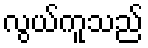
လွယ်ကူသည်